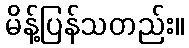
မိန့်ပြန်သတည်း။